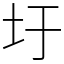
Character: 圩